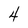
Character: 4